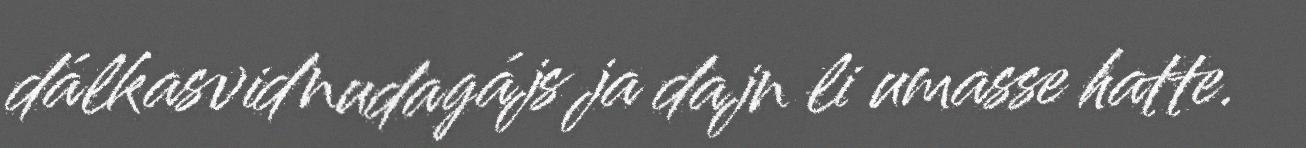
dálkasvidnudagájs ja dajn li umasse hatte.